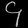
Digit: ၄